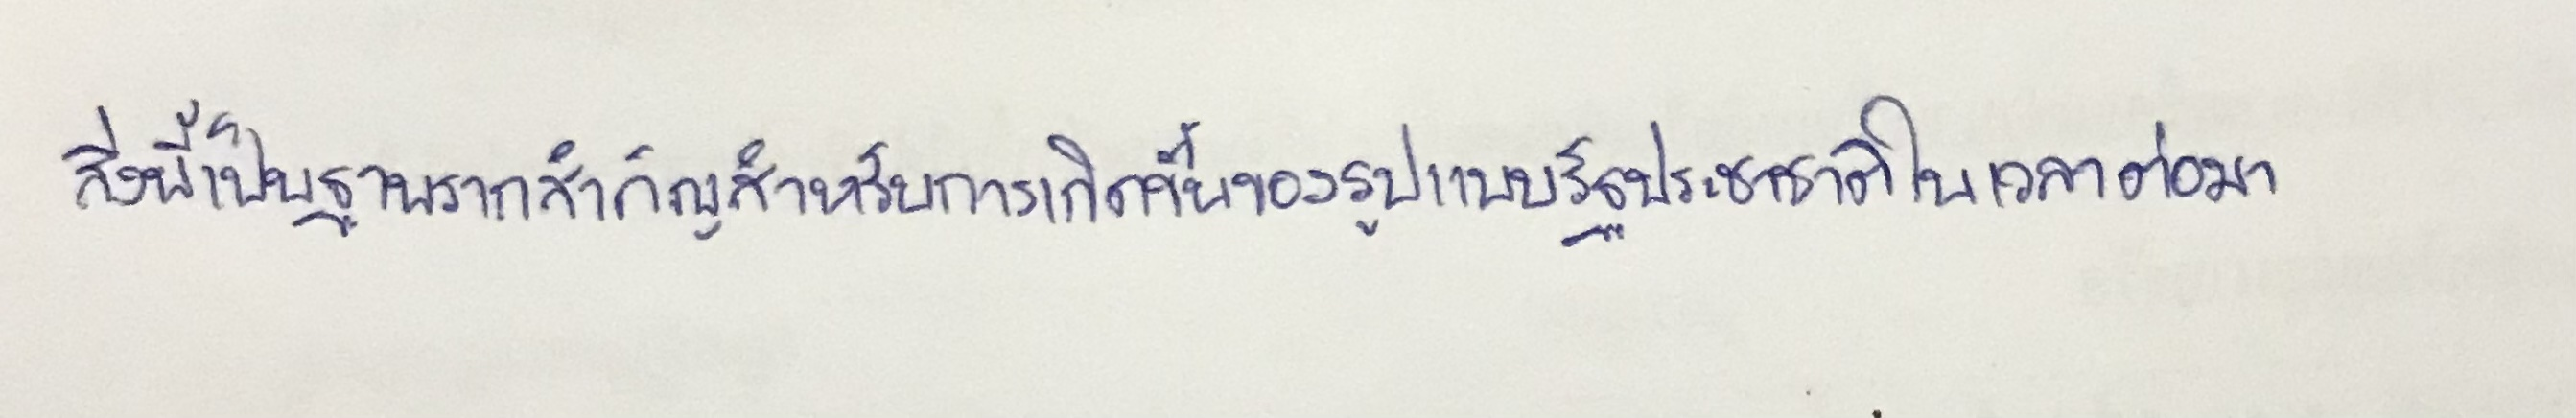
สิ่งนี้เป็นฐานรากสำคัญสำหรับการเกิดขึ้นของรูปแบบรัฐประชาชาติในเวลาต่อมา